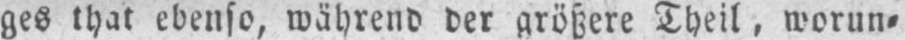
ges that ebenso, während der größere Theil, worun⸗